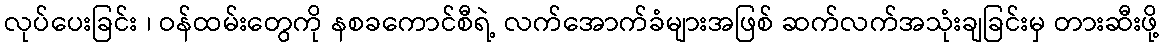
လုပ်ပေးခြင်း ၊ ဝန်ထမ်းတွေကို နစခကောင်စီရဲ့ လက်အောက်ခံများအဖြစ် ဆက်လက်အသုံးချခြင်းမှ တားဆီးဖို့